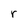
Character: r